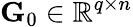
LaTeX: \mathbf{G}_{0}\in\mathbb{R}^{q\times n}